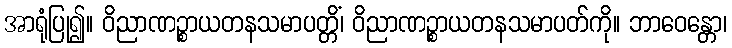
အာရုံပြု၍။ ဝိညာဏဉ္စာယတနသမာပတ္တိံ၊ ဝိညာဏဉ္စာယတနသမာပတ်ကို။ ဘာဝေန္တော၊